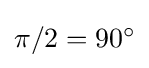
{\textstyle \pi /2=90^{\circ }}